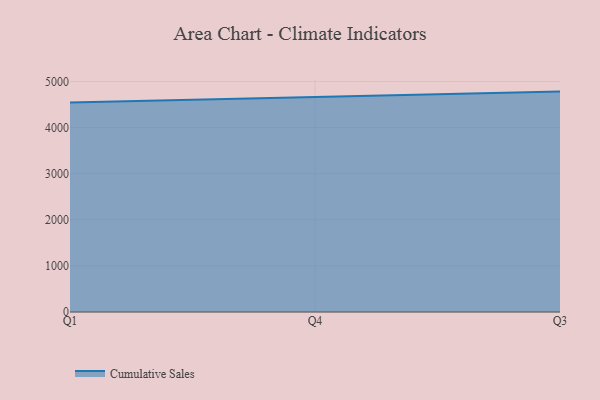
{"axis": {"x": "Quarter", "y": "Gross Profit (USD K)"}, "legend": ["Cumulative Sales"], "data": [{"x": "Q1", "y": 4543.0, "type": "Cumulative Sales"}, {"x": "Q4", "y": 4655.5, "type": "Cumulative Sales"}, {"x": "Q3", "y": 4781.1, "type": "Cumulative Sales"}]}